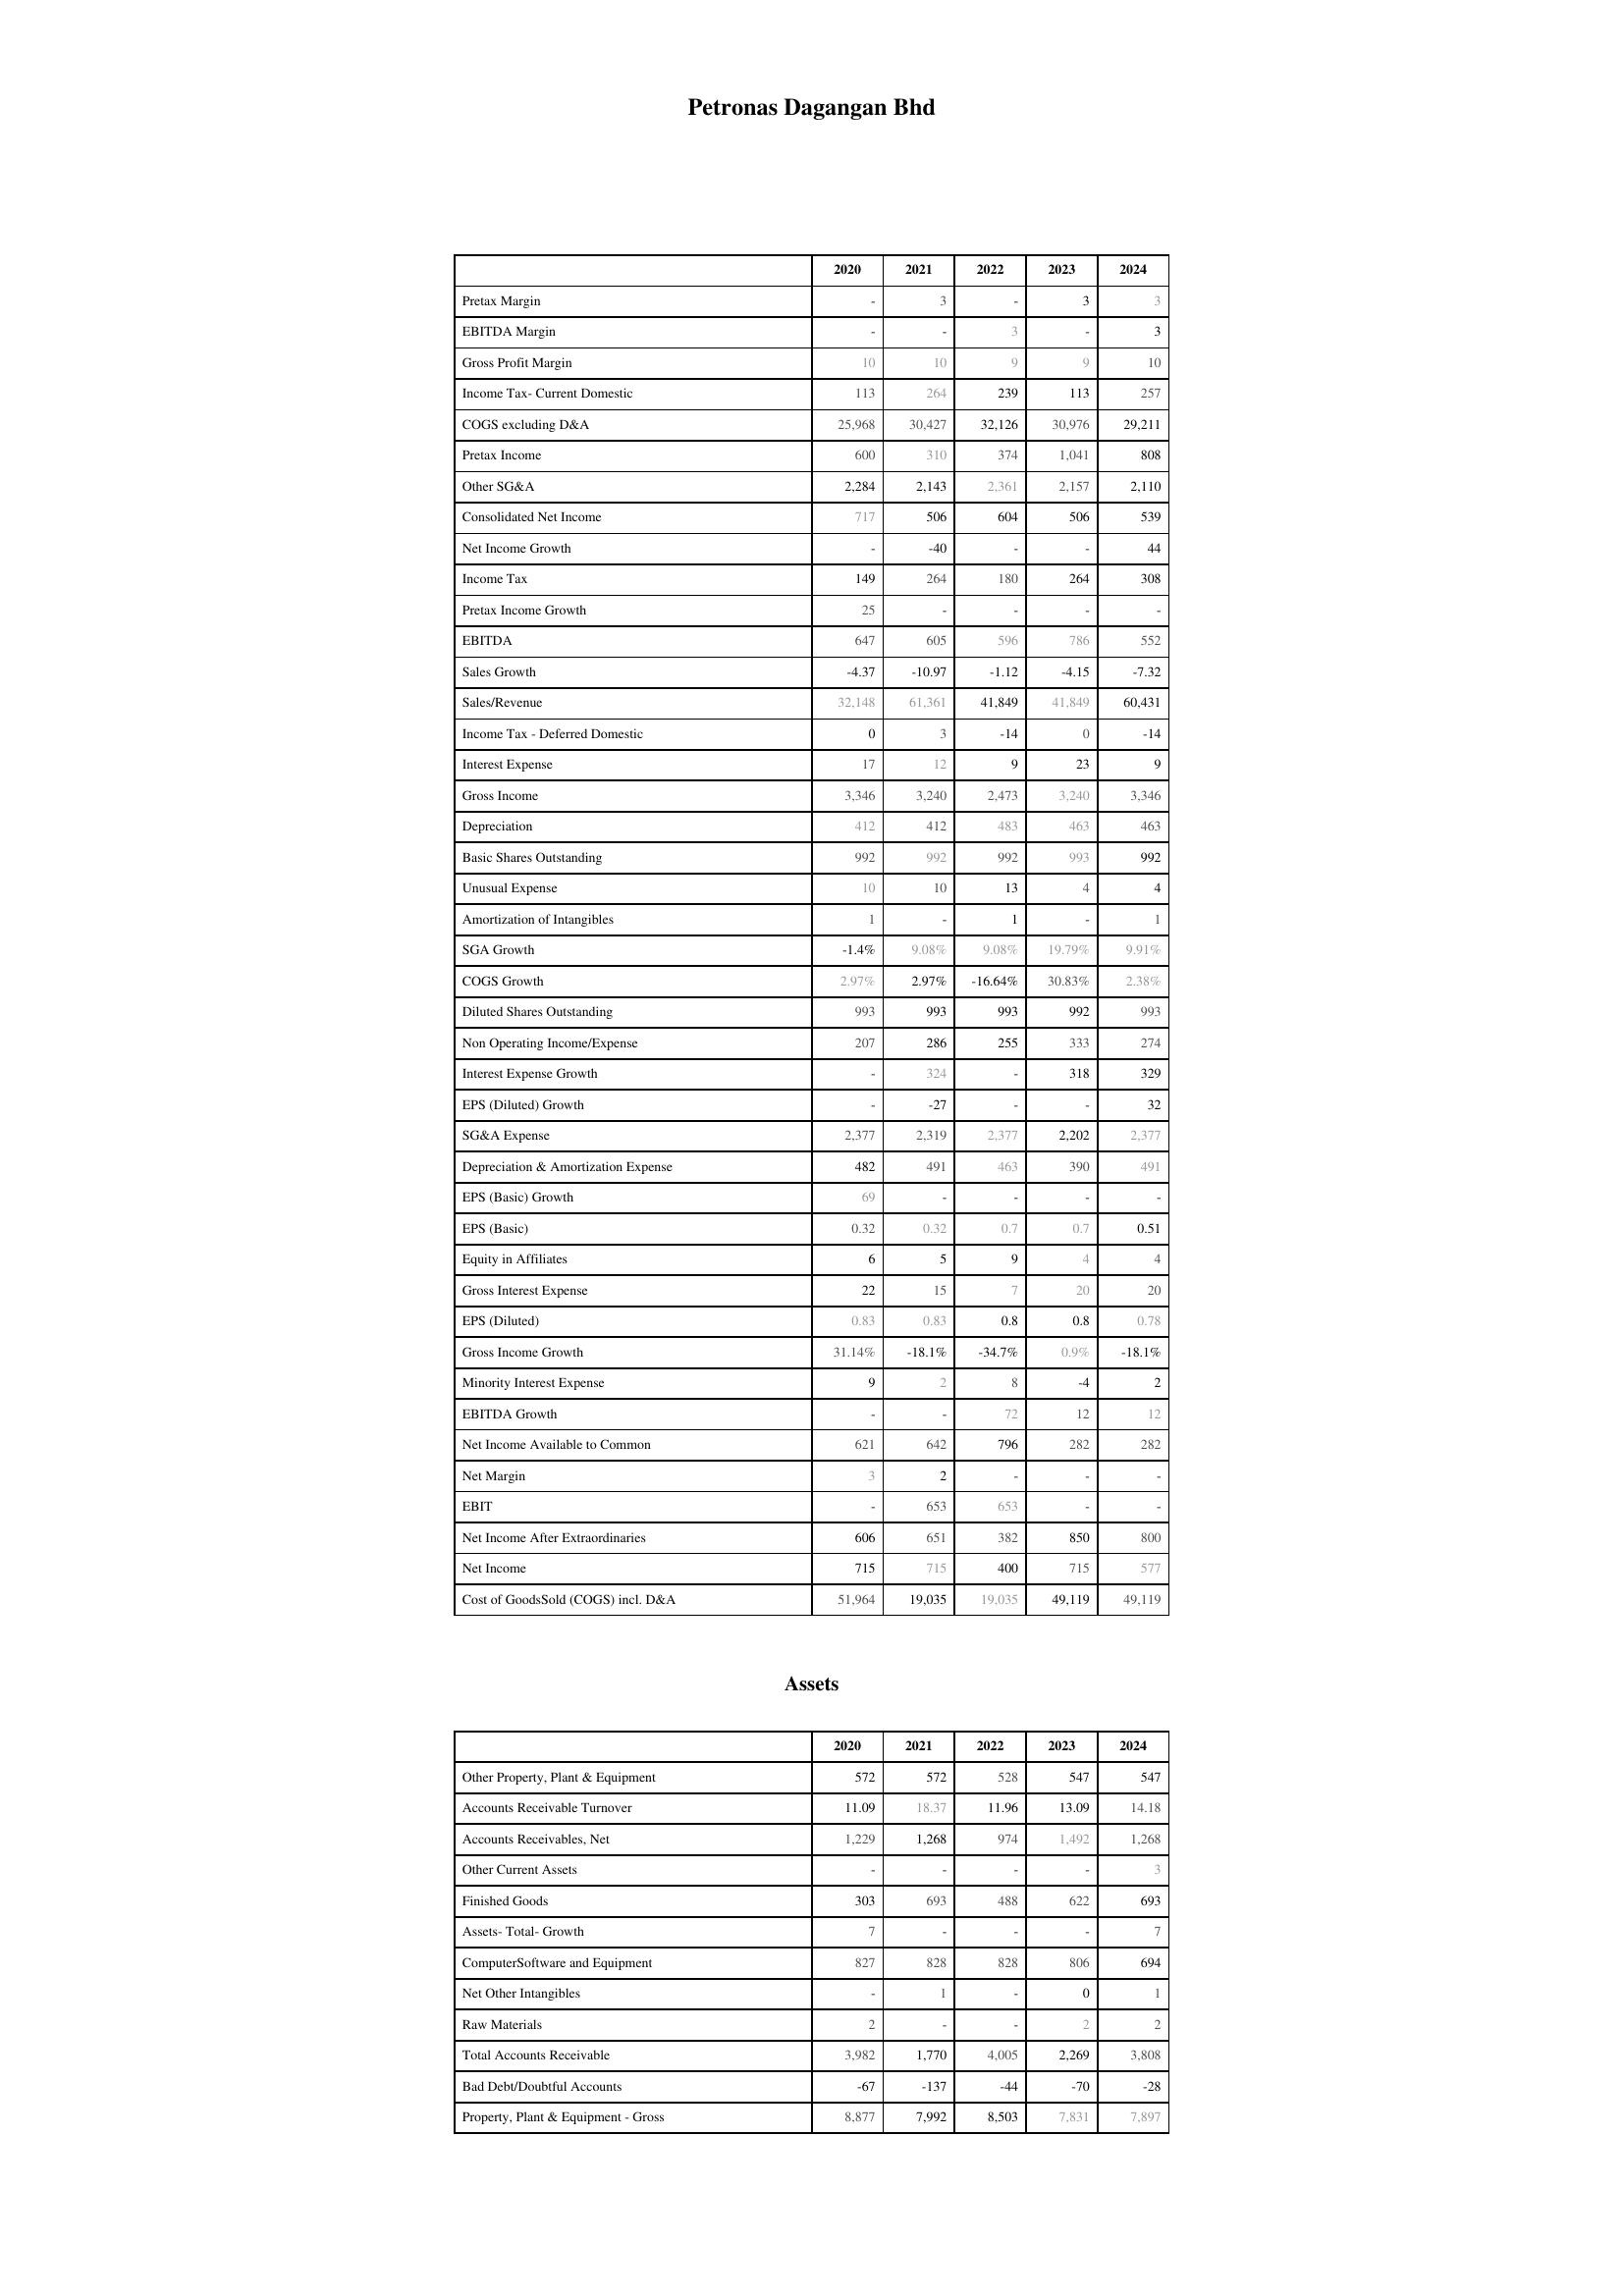
2020: : Pretax Margin: -
EBITDA Margin: -
Gross Profit Margin: 10
Income Tax- Current Domestic: 113
COGS excluding D&A: 25,968
Pretax Income: 600
Other SG&A: 2,284
Consolidated Net Income: 717
Net Income Growth: -
Income Tax: 149
Pretax Income Growth: 25
EBITDA: 647
Sales Growth: -4.37
Sales/Revenue: 32,148
Income Tax - Deferred Domestic: 0
Interest Expense: 17
Gross Income: 3,346
Depreciation: 412
Basic Shares Outstanding: 992
Unusual Expense: 10
Amortization of Intangibles: 1
SGA Growth: -1.4%
COGS Growth: 2.97%
Diluted Shares Outstanding: 993
Non Operating Income/Expense: 207
Interest Expense Growth: -
EPS (Diluted) Growth: -
SG&A Expense: 2,377
Depreciation & Amortization Expense: 482
EPS (Basic) Growth: 69
EPS (Basic): 0.32
Equity in Affiliates: 6
Gross Interest Expense: 22
EPS (Diluted): 0.83
Gross Income Growth: 31.14%
Minority Interest Expense: 9
EBITDA Growth: -
Net Income Available to Common: 621
Net Margin: 3
EBIT: -
Net Income After Extraordinaries: 606
Net Income: 715
Cost of GoodsSold (COGS) incl. D&A: 51,964
Assets: Other Property, Plant & Equipment: 572
Accounts Receivable Turnover: 11.09
Accounts Receivables, Net: 1,229
Other Current Assets: -
Finished Goods: 303
Assets- Total- Growth: 7
ComputerSoftware and Equipment: 827
Net Other Intangibles: -
Raw Materials: 2
Total Accounts Receivable: 3,982
Bad Debt/Doubtful Accounts: -67
Property, Plant & Equipment - Gross : 8,877
2021: : Pretax Margin: 3
EBITDA Margin: -
Gross Profit Margin: 10
Income Tax- Current Domestic: 264
COGS excluding D&A: 30,427
Pretax Income: 310
Other SG&A: 2,143
Consolidated Net Income: 506
Net Income Growth: -40
Income Tax: 264
Pretax Income Growth: -
EBITDA: 605
Sales Growth: -10.97
Sales/Revenue: 61,361
Income Tax - Deferred Domestic: 3
Interest Expense: 12
Gross Income: 3,240
Depreciation: 412
Basic Shares Outstanding: 992
Unusual Expense: 10
Amortization of Intangibles: -
SGA Growth: 9.08%
COGS Growth: 2.97%
Diluted Shares Outstanding: 993
Non Operating Income/Expense: 286
Interest Expense Growth: 324
EPS (Diluted) Growth: -27
SG&A Expense: 2,319
Depreciation & Amortization Expense: 491
EPS (Basic) Growth: -
EPS (Basic): 0.32
Equity in Affiliates: 5
Gross Interest Expense: 15
EPS (Diluted): 0.83
Gross Income Growth: -18.1%
Minority Interest Expense: 2
EBITDA Growth: -
Net Income Available to Common: 642
Net Margin: 2
EBIT: 653
Net Income After Extraordinaries: 651
Net Income: 715
Cost of GoodsSold (COGS) incl. D&A: 19,035
Assets: Other Property, Plant & Equipment: 572
Accounts Receivable Turnover: 18.37
Accounts Receivables, Net: 1,268
Other Current Assets: -
Finished Goods: 693
Assets- Total- Growth: -
ComputerSoftware and Equipment: 828
Net Other Intangibles: 1
Raw Materials: -
Total Accounts Receivable: 1,770
Bad Debt/Doubtful Accounts: -137
Property, Plant & Equipment - Gross : 7,992
2022: : Pretax Margin: -
EBITDA Margin: 3
Gross Profit Margin: 9
Income Tax- Current Domestic: 239
COGS excluding D&A: 32,126
Pretax Income: 374
Other SG&A: 2,361
Consolidated Net Income: 604
Net Income Growth: -
Income Tax: 180
Pretax Income Growth: -
EBITDA: 596
Sales Growth: -1.12
Sales/Revenue: 41,849
Income Tax - Deferred Domestic: -14
Interest Expense: 9
Gross Income: 2,473
Depreciation: 483
Basic Shares Outstanding: 992
Unusual Expense: 13
Amortization of Intangibles: 1
SGA Growth: 9.08%
COGS Growth: -16.64%
Diluted Shares Outstanding: 993
Non Operating Income/Expense: 255
Interest Expense Growth: -
EPS (Diluted) Growth: -
SG&A Expense: 2,377
Depreciation & Amortization Expense: 463
EPS (Basic) Growth: -
EPS (Basic): 0.7
Equity in Affiliates: 9
Gross Interest Expense: 7
EPS (Diluted): 0.8
Gross Income Growth: -34.7%
Minority Interest Expense: 8
EBITDA Growth: 72
Net Income Available to Common: 796
Net Margin: -
EBIT: 653
Net Income After Extraordinaries: 382
Net Income: 400
Cost of GoodsSold (COGS) incl. D&A: 19,035
Assets: Other Property, Plant & Equipment: 528
Accounts Receivable Turnover: 11.96
Accounts Receivables, Net: 974
Other Current Assets: -
Finished Goods: 488
Assets- Total- Growth: -
ComputerSoftware and Equipment: 828
Net Other Intangibles: -
Raw Materials: -
Total Accounts Receivable: 4,005
Bad Debt/Doubtful Accounts: -44
Property, Plant & Equipment - Gross : 8,503
2023: : Pretax Margin: 3
EBITDA Margin: -
Gross Profit Margin: 9
Income Tax- Current Domestic: 113
COGS excluding D&A: 30,976
Pretax Income: 1,041
Other SG&A: 2,157
Consolidated Net Income: 506
Net Income Growth: -
Income Tax: 264
Pretax Income Growth: -
EBITDA: 786
Sales Growth: -4.15
Sales/Revenue: 41,849
Income Tax - Deferred Domestic: 0
Interest Expense: 23
Gross Income: 3,240
Depreciation: 463
Basic Shares Outstanding: 993
Unusual Expense: 4
Amortization of Intangibles: -
SGA Growth: 19.79%
COGS Growth: 30.83%
Diluted Shares Outstanding: 992
Non Operating Income/Expense: 333
Interest Expense Growth: 318
EPS (Diluted) Growth: -
SG&A Expense: 2,202
Depreciation & Amortization Expense: 390
EPS (Basic) Growth: -
EPS (Basic): 0.7
Equity in Affiliates: 4
Gross Interest Expense: 20
EPS (Diluted): 0.8
Gross Income Growth: 0.9%
Minority Interest Expense: -4
EBITDA Growth: 12
Net Income Available to Common: 282
Net Margin: -
EBIT: -
Net Income After Extraordinaries: 850
Net Income: 715
Cost of GoodsSold (COGS) incl. D&A: 49,119
Assets: Other Property, Plant & Equipment: 547
Accounts Receivable Turnover: 13.09
Accounts Receivables, Net: 1,492
Other Current Assets: -
Finished Goods: 622
Assets- Total- Growth: -
ComputerSoftware and Equipment: 806
Net Other Intangibles: 0
Raw Materials: 2
Total Accounts Receivable: 2,269
Bad Debt/Doubtful Accounts: -70
Property, Plant & Equipment - Gross : 7,831
2024: : Pretax Margin: 3
EBITDA Margin: 3
Gross Profit Margin: 10
Income Tax- Current Domestic: 257
COGS excluding D&A: 29,211
Pretax Income: 808
Other SG&A: 2,110
Consolidated Net Income: 539
Net Income Growth: 44
Income Tax: 308
Pretax Income Growth: -
EBITDA: 552
Sales Growth: -7.32
Sales/Revenue: 60,431
Income Tax - Deferred Domestic: -14
Interest Expense: 9
Gross Income: 3,346
Depreciation: 463
Basic Shares Outstanding: 992
Unusual Expense: 4
Amortization of Intangibles: 1
SGA Growth: 9.91%
COGS Growth: 2.38%
Diluted Shares Outstanding: 993
Non Operating Income/Expense: 274
Interest Expense Growth: 329
EPS (Diluted) Growth: 32
SG&A Expense: 2,377
Depreciation & Amortization Expense: 491
EPS (Basic) Growth: -
EPS (Basic): 0.51
Equity in Affiliates: 4
Gross Interest Expense: 20
EPS (Diluted): 0.78
Gross Income Growth: -18.1%
Minority Interest Expense: 2
EBITDA Growth: 12
Net Income Available to Common: 282
Net Margin: -
EBIT: -
Net Income After Extraordinaries: 800
Net Income: 577
Cost of GoodsSold (COGS) incl. D&A: 49,119
Assets: Other Property, Plant & Equipment: 547
Accounts Receivable Turnover: 14.18
Accounts Receivables, Net: 1,268
Other Current Assets: 3
Finished Goods: 693
Assets- Total- Growth: 7
ComputerSoftware and Equipment: 694
Net Other Intangibles: 1
Raw Materials: 2
Total Accounts Receivable: 3,808
Bad Debt/Doubtful Accounts: -28
Property, Plant & Equipment - Gross : 7,897